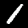
Digit: 1